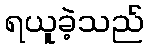
ရယူခဲ့သည်